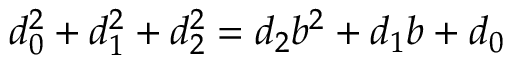
d _ { 0 } ^ { 2 } + d _ { 1 } ^ { 2 } + d _ { 2 } ^ { 2 } = d _ { 2 } b ^ { 2 } + d _ { 1 } b + d _ { 0 }